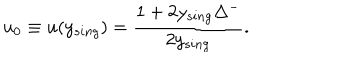
u _ { 0 } \equiv u ( y _ { s i n g } ) = \frac { 1 + 2 y _ { s i n g } \Delta ^ { - } } { 2 y _ { s i n g } } .